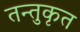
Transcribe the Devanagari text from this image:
तन्तुकृत